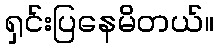
ရှင်းပြနေမိတယ်။